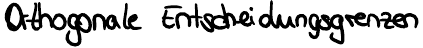
Orthogonale Entscheidungsgrenzen